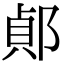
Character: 𨜓